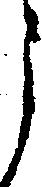
う